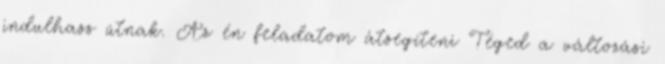
indulhass útnak. Az én feladatom átsegíteni Téged a változási